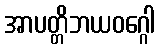
အာပတ္တိဘယဝဂ္ဂေါ